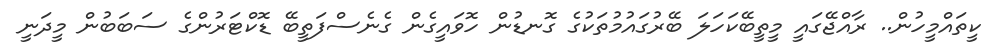
ކީތައްމީހުން.. ރާއްޖޭގައީ މީތީބޭކަހަލަ ބޭރުގައުމުތަކުގެ ގޮނޑުން ހޮވައީގެން ގެނެސްފަތީބޭ ޑޮކްޓަރުންގެ ސަބަބުން މީދަނީ